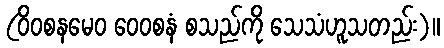
(ဝိဝစနမေဝ ဝေဝစနံ စသည်ကို သေသံဟူသတည်း)။